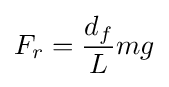
F_{r}={d_{f} \over L}mg